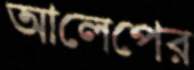
আলেপের